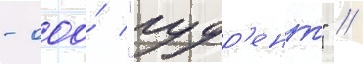
- ооо́ "гудр'ент" //